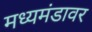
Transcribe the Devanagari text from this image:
मध्यमंडावर